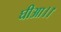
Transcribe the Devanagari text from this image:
घीआ।।